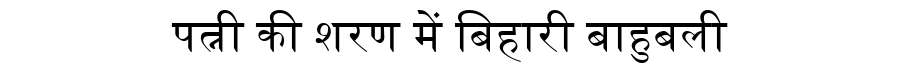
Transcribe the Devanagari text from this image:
पत्नी की शरण में बिहारी बाहुबली